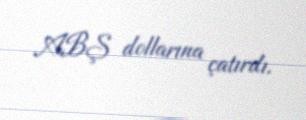
ABŞ dollarına çatırdı.